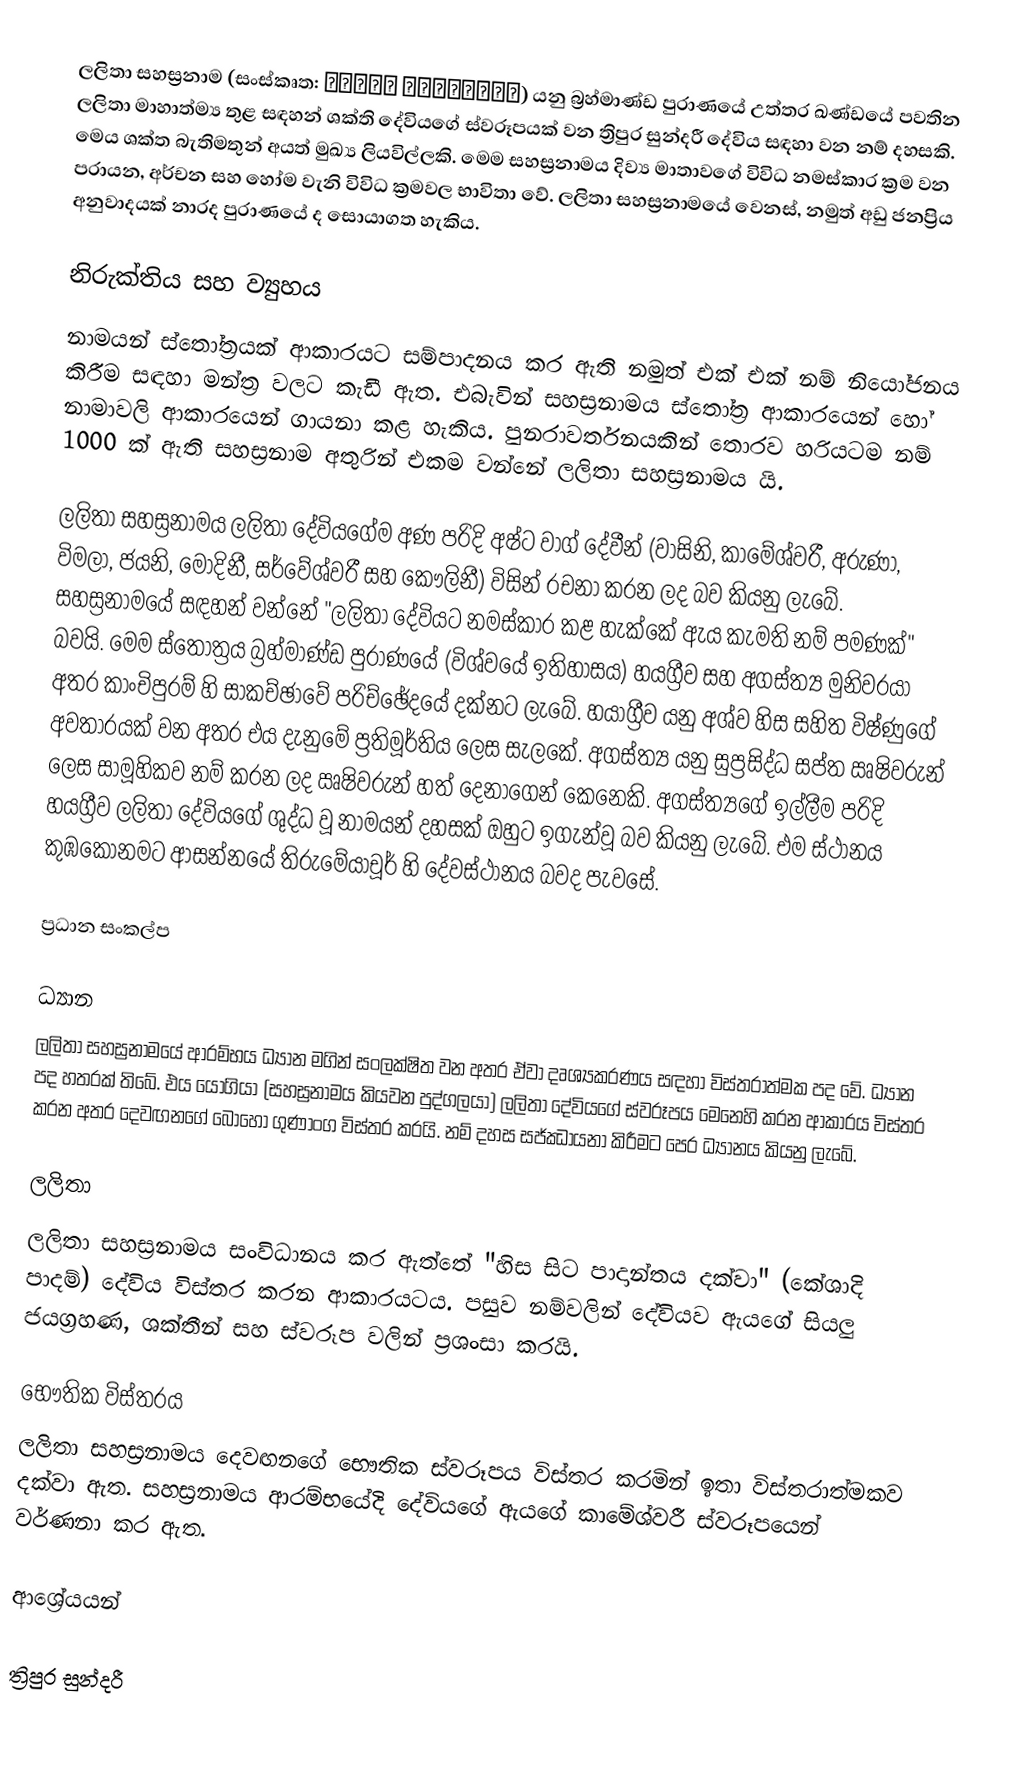
ලලිතා සහස්‍රනාම (සංස්කෘත: ललिता सहस्रनाम) යනු බ්‍රහ්මාණ්ඩ පුරාණයේ උත්තර ඛණ්ඩයේ පවතින ලලිතා මාහාත්ම්‍ය තුළ සඳහන් ශක්ති දේවියගේ ස්වරූපයක් වන ත්‍රිපුර සුන්දරී දේවිය සඳහා වන නම් දහසකි. මෙය ශක්ත බැතිමතුන් අයත් මුඛ්‍ය ලියවිල්ලකි. මෙම සහස්‍රනාමය දිව්‍ය මාතාවගේ විවිධ නමස්කාර ක්‍රම වන පරායන, අර්චන සහ හෝම වැනි විවිධ ක්‍රමවල භාවිතා වේ. ලලිතා සහස්‍රනාමයේ වෙනස්, නමුත් අඩු ජනප්‍රිය අනුවාදයක් නාරද පුරාණයේ ද සොයාගත හැකිය.

නිරුක්තිය සහ ව්‍යුහය
නාමයන් ස්තෝත්‍රයක් ආකාරයට සම්පාදනය කර ඇති නමුත් එක් එක් නම් නියෝජනය කිරීම සඳහා මන්ත්‍ර වලට කැඩී ඇත. එබැවින් සහස්‍රනාමය ස්තෝත්‍ර ආකාරයෙන් හෝ නාමාවලි ආකාරයෙන් ගායනා කළ හැකිය. පුනරාවර්තනයකින් තොරව හරියටම නම් 1000 ක් ඇති සහස්‍රනාම අතුරින් එකම වන්නේ ලලිතා සහස්‍රනාමය යි.

ලලිතා සහස්‍රනාමය ලලිතා දේවියගේම අණ පරිදි අෂ්ට වාග් දේවීන් (වාසිනි, කාමේශ්වරී, අරුණා, විමලා, ජයනි, මෝදිනී, සර්වේශ්වරී සහ කෞලිනී) විසින් රචනා කරන ලද බව කියනු ලැබේ. සහස්‍රනාමයේ සඳහන් වන්නේ "ලලිතා දේවියට නමස්කාර කළ හැක්කේ ඇය කැමති නම් පමණක්" බවයි. මෙම ස්තෝත්‍රය බ්‍රහ්මාණ්ඩ පුරාණයේ (විශ්වයේ ඉතිහාසය) හයග්‍රීව සහ අගස්ත්‍ය මුනිවරයා අතර කාංචිපුරම් හි සාකච්ඡාවේ පරිච්ඡේදයේ දක්නට ලැබේ. හයාග්‍රීව යනු අශ්ව හිස සහිත විෂ්ණුගේ අවතාරයක් වන අතර එය දැනුමේ ප්‍රතිමූර්තිය ලෙස සැලකේ. අගස්ත්‍ය යනු සුප්‍රසිද්ධ සප්ත ඍෂිවරුන් ලෙස සාමූහිකව නම් කරන ලද ඍෂිවරුන් හත් දෙනාගෙන් කෙනෙකි. අගස්ත්‍යගේ ඉල්ලීම පරිදි හයග්‍රීව ලලිතා දේවියගේ ශුද්ධ වූ නාමයන් දහසක් ඔහුට ඉගැන්වූ බව කියනු ලැබේ. එම ස්ථානය කුඹකෝනමට ආසන්නයේ තිරුමේයාචූර් හි දේවස්ථානය බවද පැවසේ.

ප්‍රධාන සංකල්ප

ධ්‍යාන
ලලිතා සහස්‍රනාමයේ ආරම්භය ධ්‍යාන මගින් සංලක්ෂිත වන අතර ඒවා දෘශ්‍යකරණය සඳහා විස්තරාත්මක පද වේ. ධ්‍යාන පද හතරක් තිබේ. එය යෝගියා (සහස්‍රනාමය කියවන පුද්ගලයා) ලලිතා දේවියගේ ස්වරූපය මෙනෙහි කරන ආකාරය විස්තර කරන අතර දෙවඟනගේ බොහෝ ගුණාංග විස්තර කරයි. නම් දහස සජ්ඣායනා කිරීමට පෙර ධ්‍යානය කියනු ලැබේ.

ලලිතා
ලලිතා සහස්‍රනාමය සංවිධානය කර ඇත්තේ "හිස සිට පාදාන්තය දක්වා" (කේශාදි පාදම්) දේවිය විස්තර කරන ආකාරයටය. පසුව නම්වලින් දේවියව ඇයගේ සියලු ජයග්‍රහණ, ශක්තීන් සහ ස්වරූප වලින් ප්‍රශංසා කරයි.

භෞතික විස්තරය
ලලිතා සහස්‍රනාමය දෙවඟනගේ භෞතික ස්වරූපය විස්තර කරමින් ඉතා විස්තරාත්මකව දක්වා ඇත. සහස්‍රනාමය ආරම්භයේදි දේවියගේ ඇයගේ කාමේශ්වරී ස්වරූපයෙන් වර්ණනා කර ඇත.

ආශ්‍රේයයන්

ත්‍රිපුර සුන්දරී